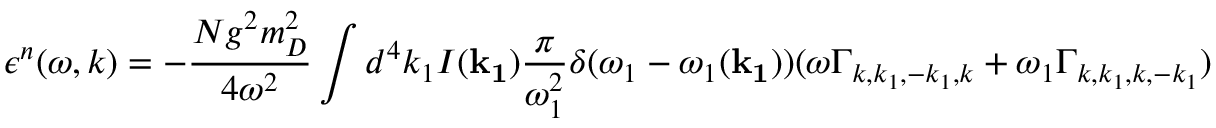
\epsilon ^ { n } ( \omega , k ) = - { \frac { N g ^ { 2 } m _ { D } ^ { 2 } } { 4 \omega ^ { 2 } } } \int d ^ { 4 } k _ { 1 } I ( { \bf k _ { 1 } } ) { \frac { \pi } { \omega _ { 1 } ^ { 2 } } } \delta ( \omega _ { 1 } - \omega _ { 1 } ( { \bf k _ { 1 } } ) ) ( \omega \Gamma _ { k , k _ { 1 } , - k _ { 1 } , k } + \omega _ { 1 } \Gamma _ { k , k _ { 1 } , k , - k _ { 1 } } )